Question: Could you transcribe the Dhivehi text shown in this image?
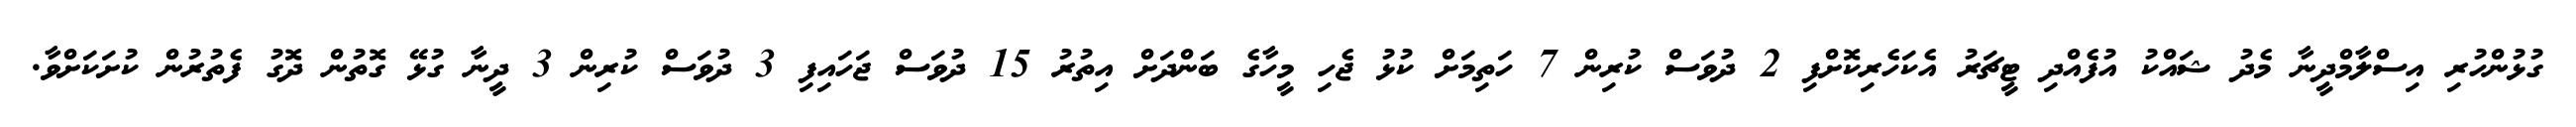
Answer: ގުޅުންހުރި އިސްލާމްދީނާ މެދު ޝައްކު އުފެއްދި ޓީޗަރު އެކަހެރިކޮށްފި 2 ދުވަސް ކުރިން 7 ހަތިމަށް ކުޅު ޖެހި މީހާގެ ބަންދަށް އިތުރު 15 ދުވަސް ޖަހައިފި 3 ދުވަސް ކުރިން 3 ދީނާ ގުޅޭ ގޮތުން ދޮގު ފެތުރުން ކުށަކަށްވާ.